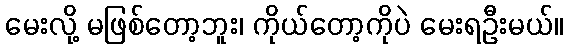
မေးလို့ မဖြစ်တော့ဘူး၊ ကိုယ်တော့ကိုပဲ မေးရဦးမယ်။